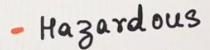
- Hagardous